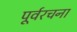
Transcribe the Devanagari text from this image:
पूर्वरचना